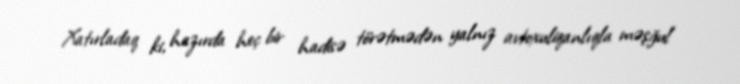
Xatırladaq ki, hazırda heç bir hadisə törətmədən yalnız avtoxuliqanlıqla məşğul